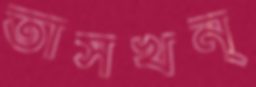
তাসখন্